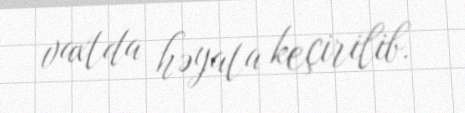
vaxtda həyata keçirilib.